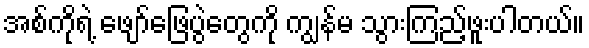
အစ်ကိုရဲ့ ဖျော်ဖြေပွဲတွေကို ကျွန်မ သွားကြည့်ဖူးပါတယ်။